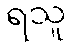
ရသူ